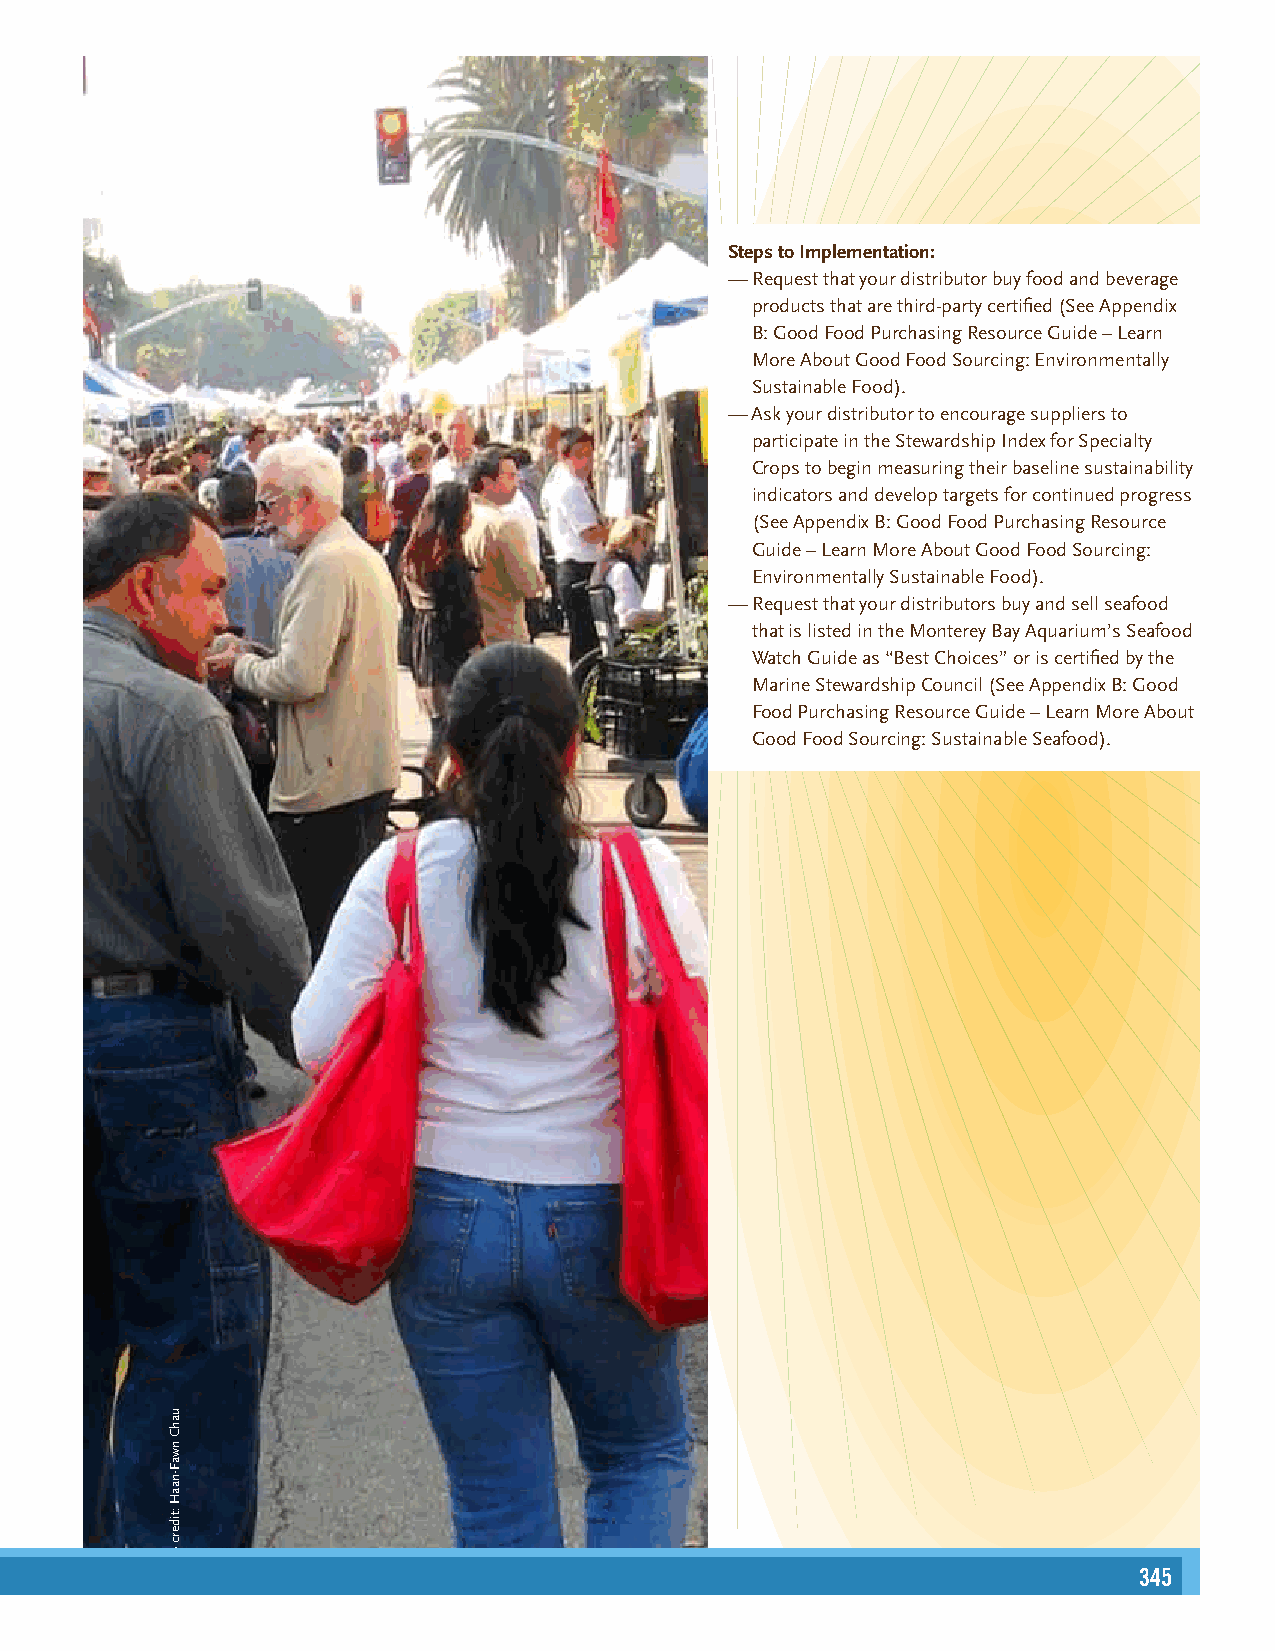
Steps to Implementation:
 — Request that your distributor buy food and beverage
 products that are third-party certified (See Appendix
 B: Good Food Purchasing Resource Guide – Learn
 More About Good Food Sourcing: Environmentally
 Sustainable Food).
 — Ask your distributor to encourage suppliers to
 participate in the Stewardship Index for Specialty
 Crops to begin measuring their baseline sustainability
 indicators and develop targets for continued progress
 (See Appendix B: Good Food Purchasing Resource
 Guide – Learn More About Good Food Sourcing:
 Environmentally Sustainable Food).
 — Request that your distributors buy and sell seafood
 that is listed in the Monterey Bay Aquarium’s Seafood
 Watch Guide as “Best Choices” or is certified by the
 Marine Stewardship Council (See Appendix B: Good
 Food Purchasing Resource Guide – Learn More About
 Good Food Sourcing: Sustainable Seafood).
 345
 21
 uahC
 nwaF-naaH
 :tiderc
 otohP